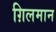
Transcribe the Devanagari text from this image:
ग़िलमान